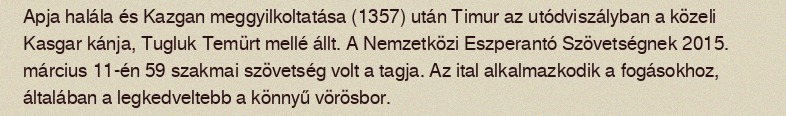
Apja halála és Kazgan meggyilkoltatása (1357) után Timur az utódviszályban a közeli Kasgar kánja, Tugluk Temürt mellé állt. A Nemzetközi Eszperantó Szövetségnek 2015. március 11-én 59 szakmai szövetség volt a tagja. Az ital alkalmazkodik a fogásokhoz, általában a legkedveltebb a könnyű vörösbor.